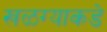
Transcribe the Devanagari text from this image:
खळग्याकडे